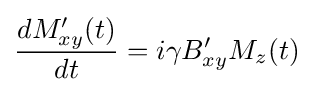
{\begin{aligned}{\frac {dM_{xy}'(t)}{dt}}=i\gamma B_{xy}'M_{z}(t)\end{aligned}}